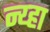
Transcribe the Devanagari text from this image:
न्य्हा